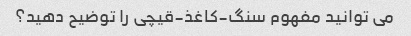
می توانید مفهوم سنگ-کاغذ-قیچی را توضیح دهید؟